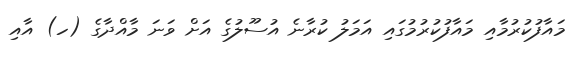
މައާފުކުރުމާއި މައާފުކުރުމުގައި އަމަލު ކުރާނެ އުސޫލުގެ އަށް ވަނަ މާއްދާގެ (ހ) އާއި